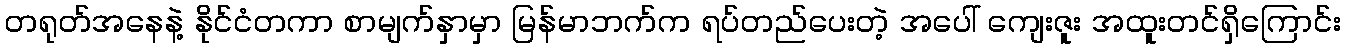
တရုတ်အနေနဲ့ နိုင်ငံတကာ စာမျက်နှာမှာ မြန်မာဘက်က ရပ်တည်ပေးတဲ့ အပေါ် ကျေးဇူး အထူးတင်ရှိကြောင်း